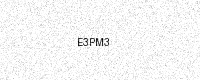
Text: E3PM3